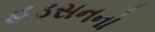
હડસનનો